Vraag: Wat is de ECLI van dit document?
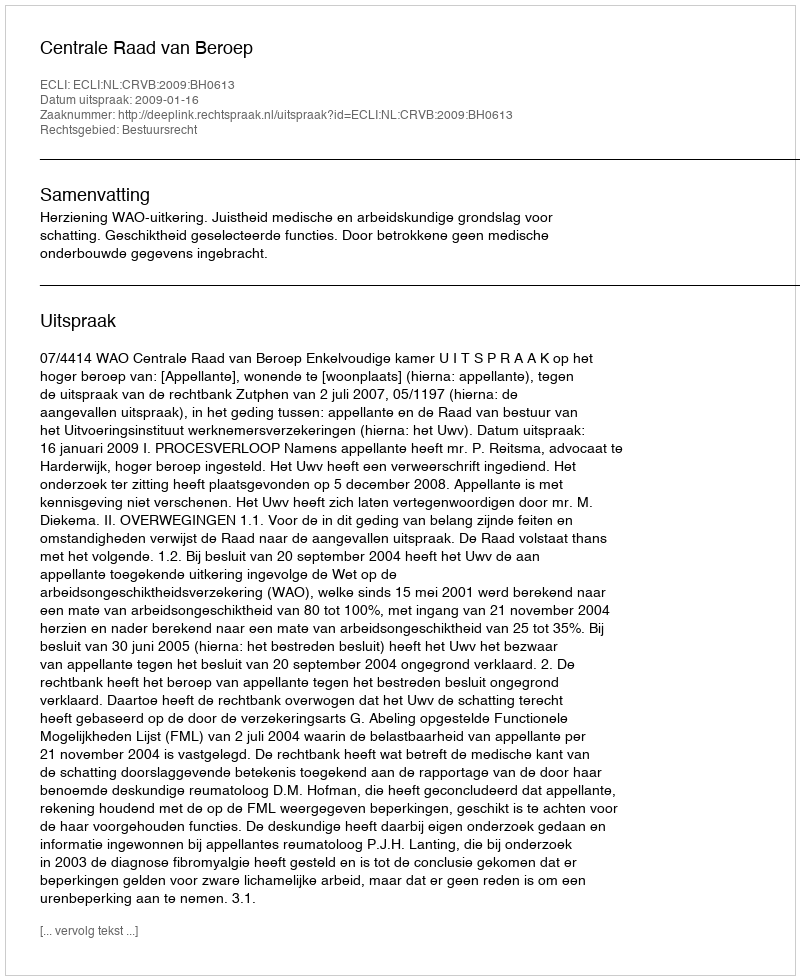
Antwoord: ECLI:NL:CRVB:2009:BH0613